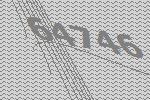
64746